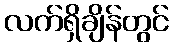
လက်ရှိချိန်တွင်